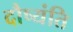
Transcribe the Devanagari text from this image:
दौष्यंति